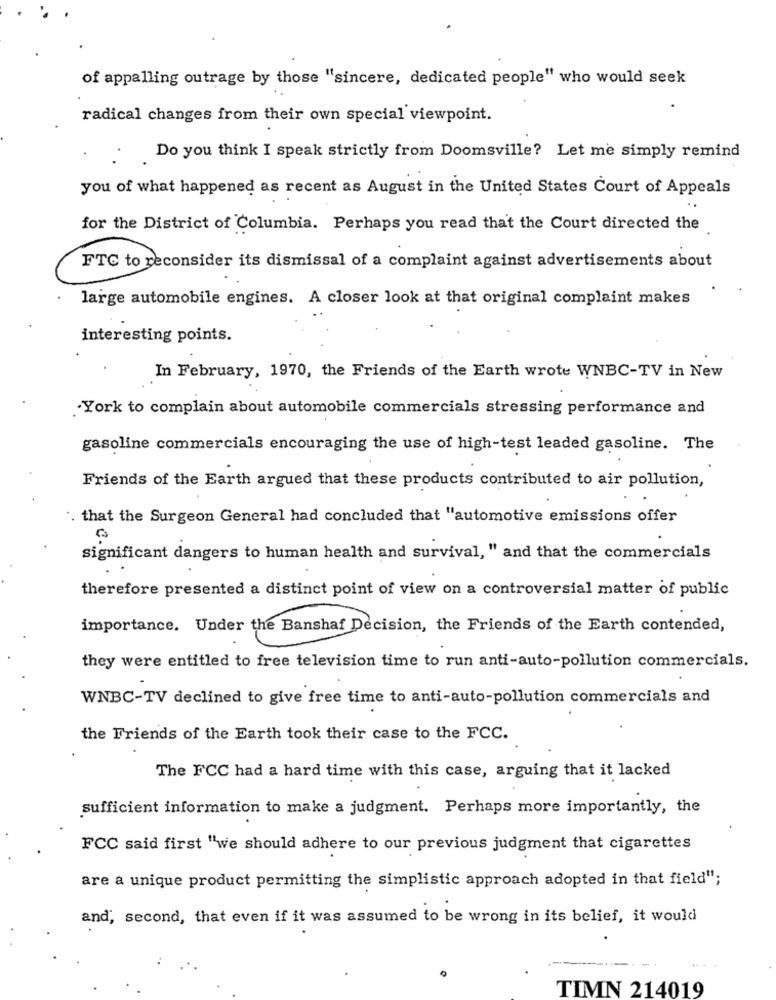
of appalling outrage by those "sincere, dedicated people" who would seek
radical changes from their own special viewpoint.
.Do you think I speak strictly from Doomsville? Let me simply remind
you of what happened as recent as August in the United States Court of Appeals
for the District of Columbia. Perhaps you read that the Court directed the
FTC to reconsider its dismissal of a complaint against advertisements about
large automobile engines. A closer look at that original complaint makes
interesting points.
In February, 1970, the Friends of the Earth wrote WNBC-TV in New
.York to complain about automobile commercials stressing performance and
gasoline commercials encouraging the use of high-test leaded gasoline. The
Friends of the Earth argued that these products contributed to air pollution,
. that the Surgeon General had concluded that "automotive emissions offer
significant dangers to human health and survival, " and that the commercials
therefore presented a distinct point of view on a controversial matter of public
importance. Under the Banshaf Decision, the Friends of the Earth contended,
they were entitled to free television time to run anti-auto-pollution commercials.
WNBC-TV declined to give free time to anti-auto-pollution commercials and
the Friends of the Earth took their case to the FCC.
The FCC had a hard time with this case, arguing that it lacked
sufficient information to make a judgment. Perhaps more importantly, the
FCC said first "we should adhere to our previous judgment that cigarettes
are a unique product permitting the simplistic approach adopted in that field";
and, second, that even if it was assumed to be wrong in its belief, it would
TIMN 214019